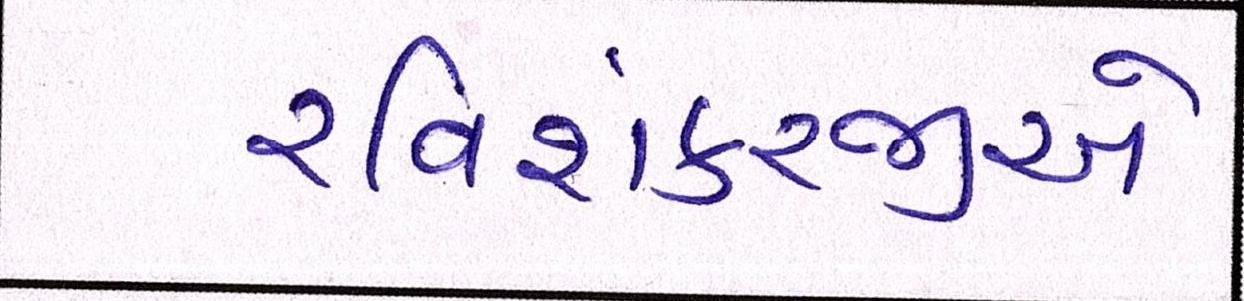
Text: રવિશંકરજીએ